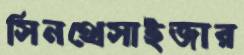
সিনথেসাইজার